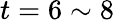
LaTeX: t=6\sim 8